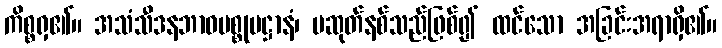
ကိစ္စရှ၏။ အသံသီဒနဘာဝပစ္စုပဋ္ဌာနံ၊ မဆုတ်နစ်သည်ဖြစ်၍ ထင်သော အခြင်းအရာရှိ၏။